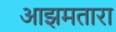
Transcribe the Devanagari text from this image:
आझमतारा